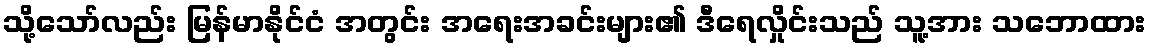
သို့သော်လည်း မြန်မာနိုင်ငံ အတွင်း အရေးအခင်းများ၏ ဒီရေလှိုင်းသည် သူ့အား သဘောထား